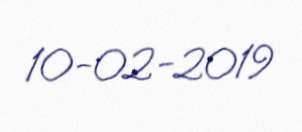
10-02-2019